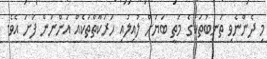
މި ދެންނެވި ތަނބުތަކުގެ މަތީ ބަޔަށް ލުއިލުއި ހަރަކާތްތަކެއް އަންނަން ފަށަ އެވެ.